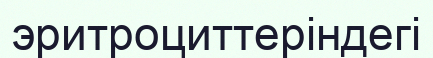
эритроциттеріндегі